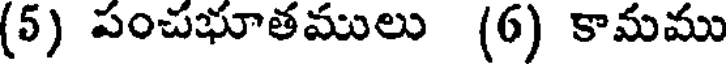
(5) పంచభూతములు (6) కామము